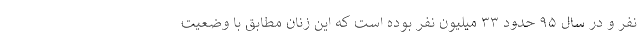
نفر و در سال ۹۵ حدود ۳۳ میلیون نفر بوده است که این زنان مطابق با وضعیت